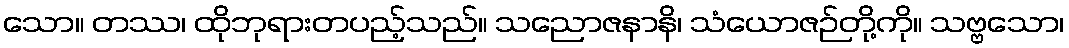
သော။ တဿ၊ ထိုဘုရားတပည့်သည်။ သညောဇနာနိ၊ သံယောဇဉ်တို့ကို။ သဗ္ဗသော၊